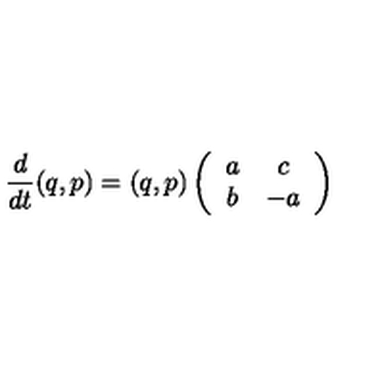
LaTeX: \frac { d } { d t } ( q , p ) = ( q , p ) \left( \begin{array} { c c } { a } & { c } \\ { b } & { - a } \\ \end{array} \right)